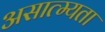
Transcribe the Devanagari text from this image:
असात्म्यता